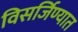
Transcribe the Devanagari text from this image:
विसर्जिण्यात